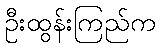
ဦးထွန်းကြည်က